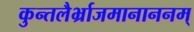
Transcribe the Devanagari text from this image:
कुन्तलैर्भ्राजमानाननम्